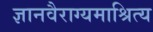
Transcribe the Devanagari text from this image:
ज्ञानवैराग्यमाश्रित्य